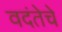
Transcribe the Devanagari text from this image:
वदंतेचे